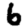
Digit: 6